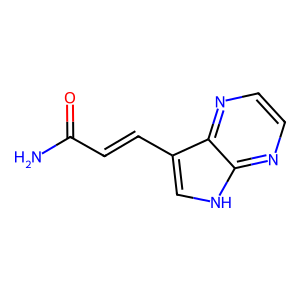
SMILES: NC(=O)C=Cc1c[nH]c2nccnc12
Inhibits HIV replication: No